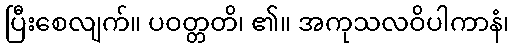
ပြီးစေလျက်။ ပဝတ္တတိ၊ ၏။ အကုသလဝိပါကာနံ၊